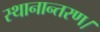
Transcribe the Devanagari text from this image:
स्थानान्तरण।